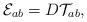
LaTeX: \begin{align*}{\cal E}_{ab}=D{\cal T}_{ab}, \end{align*}